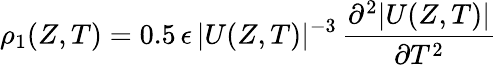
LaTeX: \rho_{1}(Z,T)=0.5\, \epsilon\, |U(Z,T)|^{-3}\, \frac{\partial^{2}|U(Z,T)|}{\partial T^{2}}